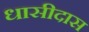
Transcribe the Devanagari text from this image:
धासीदास